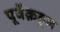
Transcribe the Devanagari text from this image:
पूर्वेक़डून